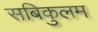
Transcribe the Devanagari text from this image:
सबिकुलम